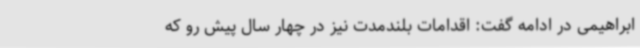
ابراهیمی در ادامه گفت: اقدامات بلندمدت نیز در چهار سال پیش رو که